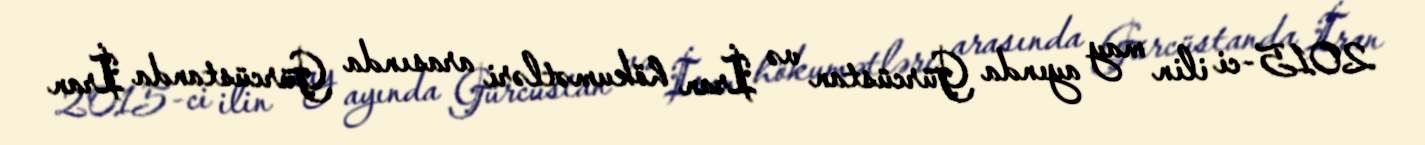
2015-ci ilin may ayında Gürcüstan və İran hökumətləri arasında Gürcüstanda İran